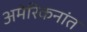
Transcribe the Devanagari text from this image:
अमेरिकनांत